Karksi_vallavalitsus, lk 98
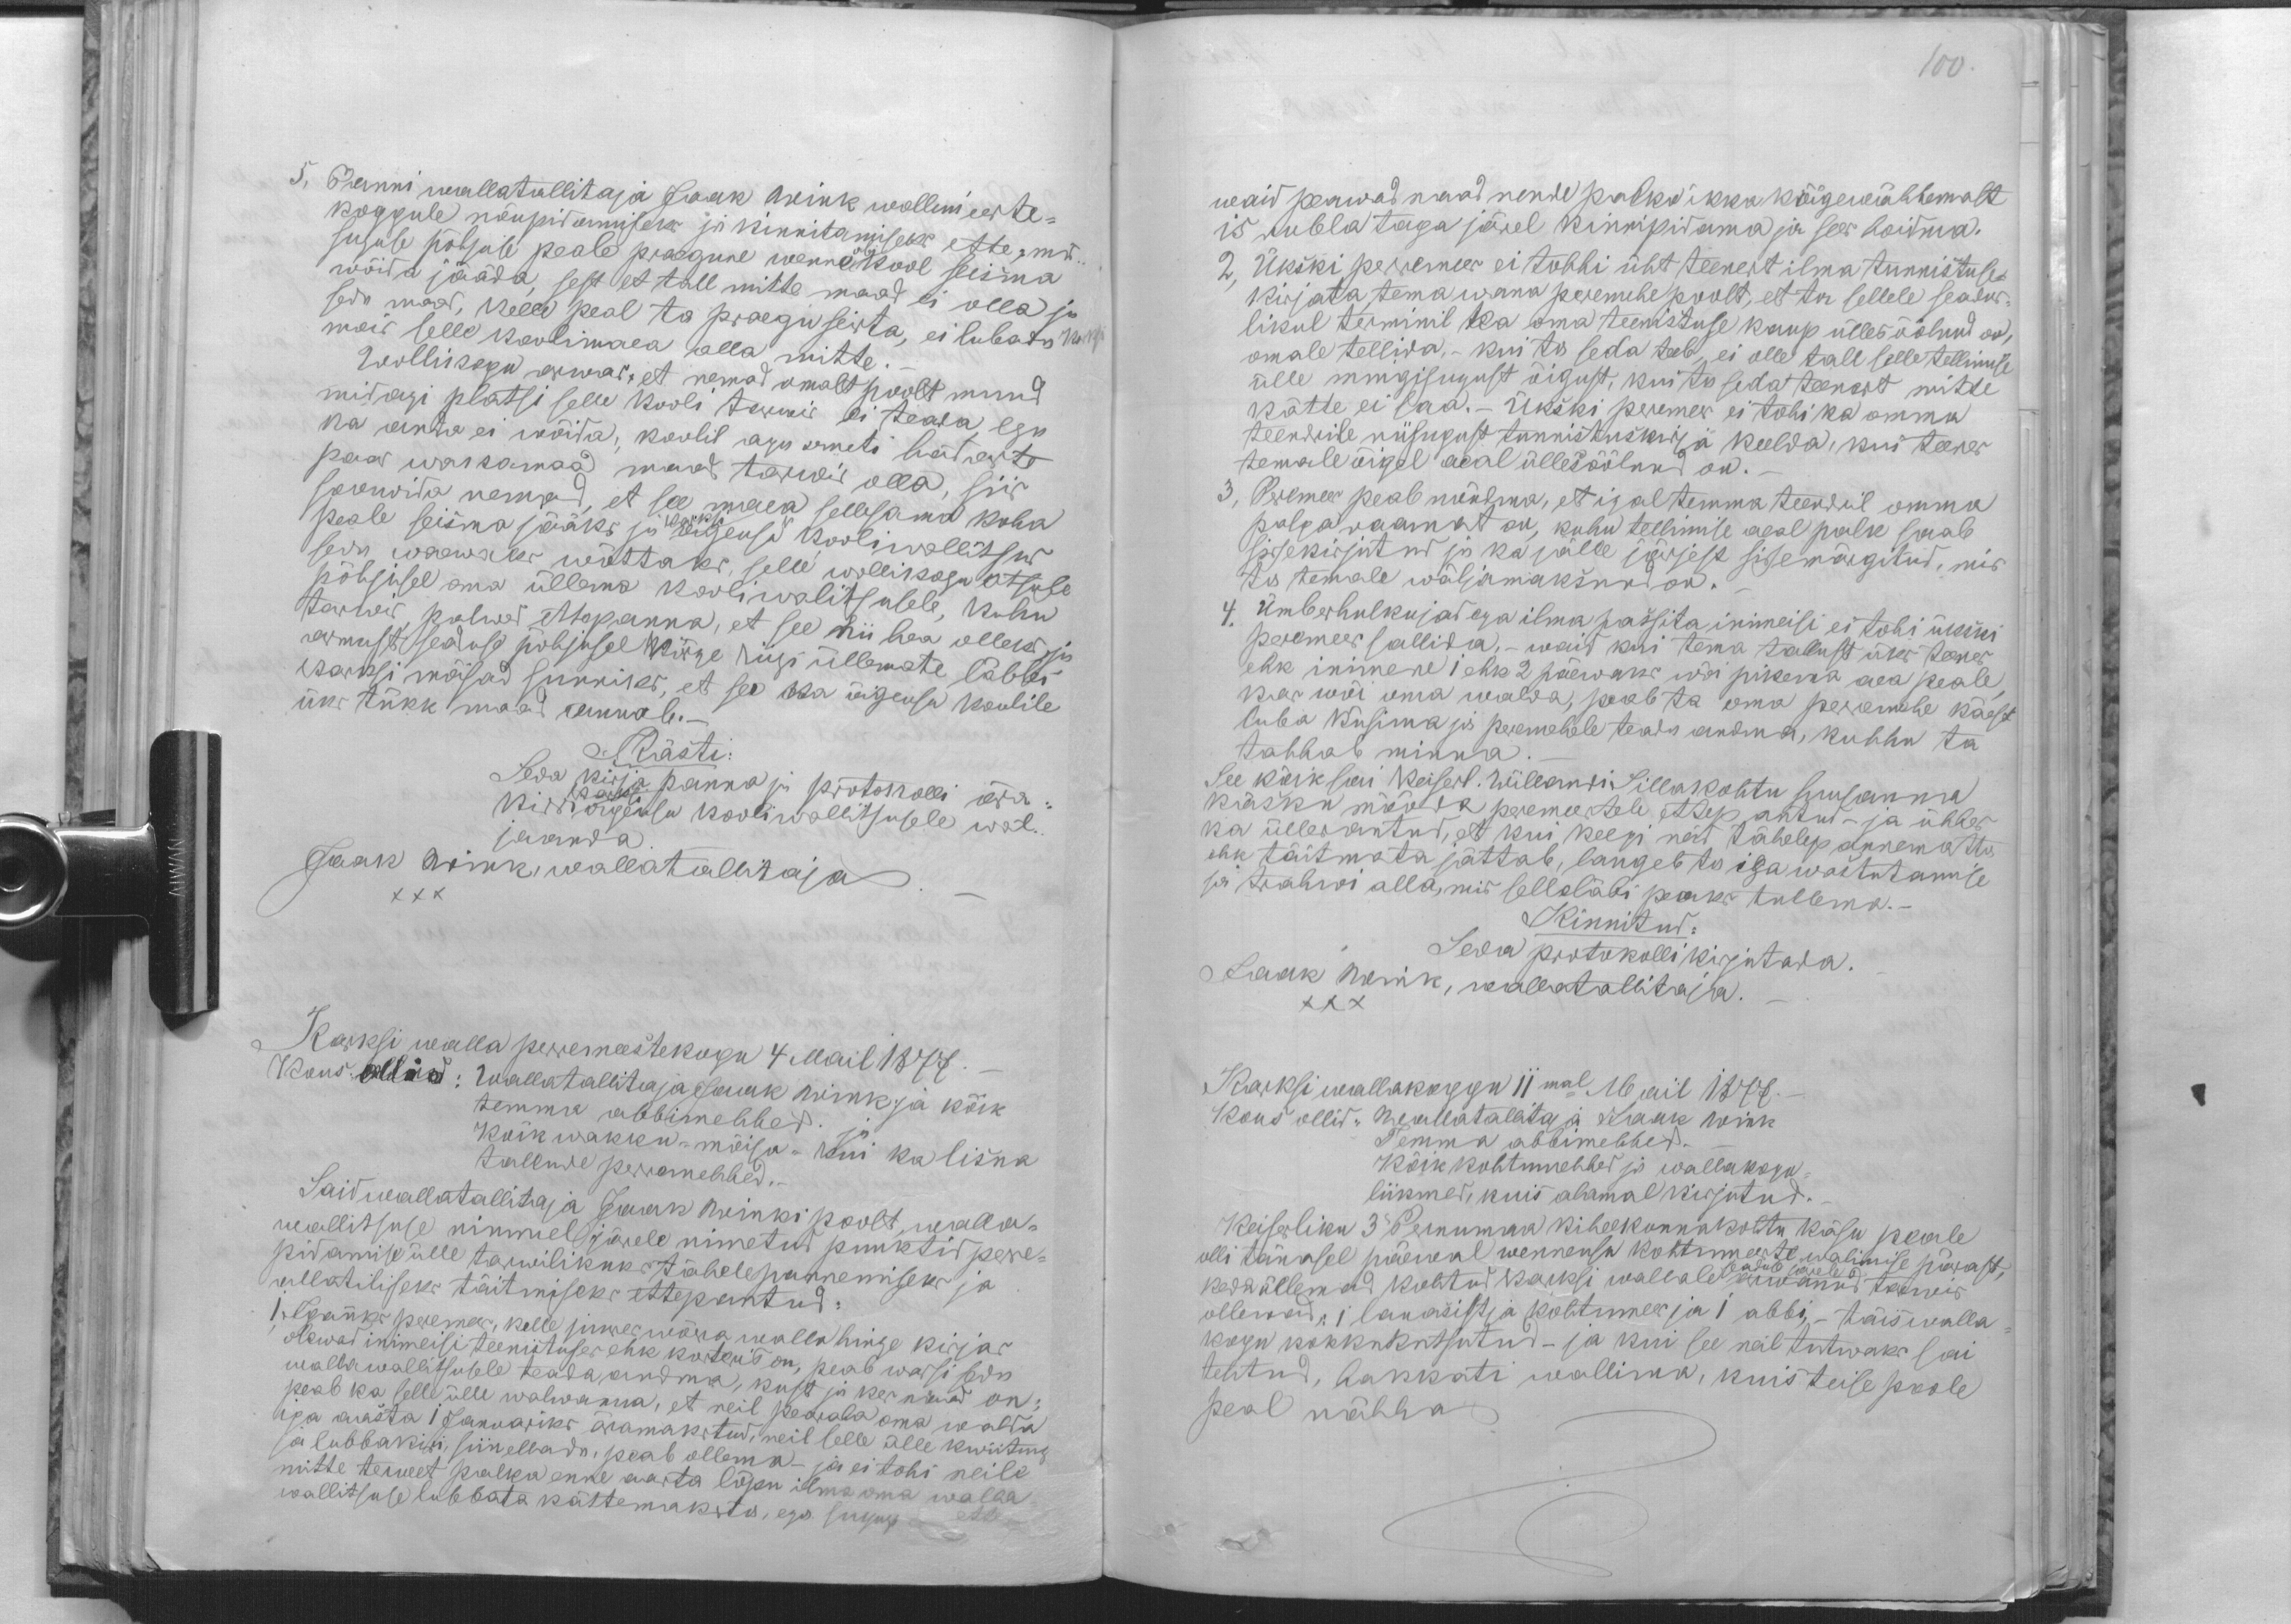
5. Panni wallatallitaja Jaak Wink wollimeeste-
koggule nõupidamiseks ja kinnitamiseks ette, mis
suguse põhjuse peale praegune wenne abikool seisma
wõida jääda, sest et tall mitte maad ei olla ja
seda maad, kelle peal ta praegu seista, ei lubada Karksi
maid selle koolimaea olla mitte.
Wollikogu arwas, et nemad omalt poolt muud
midagi platsi selle kooli tarwis ei teada, ega
ka anda ei wõida, koolil aga ometi hädaste
paar wakamaad maad tarwis olla, siis
soowida nemad, et see maea sellesama koha
Karksi
peale seisma jääks ja õigeusu kooliwallitsus
seda waewaks wõttaks selle wollikogu otsuse
põhjusel oma üllema kooliwalitsusele, kuhu
tarwis palwed ettepanna, et see nii hea olleks ja
armust seaduse põhjusel kõrge riigi üllemate läbbi
karksi mõisad sunniks, et see ka õigeusu koulile
üks tükk maad annab.-
Kästi:
Seda kirja panna ja protokolli ära-
Karksi
kirri õigeusu kooliwallitsusele wäl-
jaanda
Jaak Wink wallatallitaja
XXX
Karksi walla perremeestekogu 4 mail 1877. -
Kous ollid: Wallatallitaja Jaak Wink ja kõik
temma abbimehhed. ja
Kõik wakku-mõisa- kui ka lisna
tallude perremehhed
Said wallatallitaja Jaak Winki poolt walla-
wallitsuse nimmel järele nimetud punktid pere-
pidamise ülle tarwilikuks tähelepannemiseks ja
allatiliseks täitmiseks ettepantud:
1, Igaüks peremees, kelle juures wõera walla hinge kirjas
olewad inimeisi teenistuses ehk korters on, peab warsi seda
wallawallitsusele teada andma, kust ja kes nemad on
peab ka selle ülle walwama, et neil pearaha oma walda
iga aasta 1 Januariks äramakstud, neil selle ülle kwiitung
ja lubbakiri siin ellada, peab ollema - ja ei tohi neile
mitte terwet palka enne aasta lõpu ilma oma walla
wallitsuse lubbata kättemaksta, ega sugugi ette

100.
waid peawad naad nende palka ikka kõigewähhemalt
15 rubla taga järel kinnipidama ja sees hoidma.
2, Ükski peremees ei tohhi üht teenert ilma tunnistuse-
kirjata tema wana peremehe poolt, et ta sellele seadus-
likul terminil ka oma teenistuse kaup ülles öölnud on,
omale tellida, - kui ta seda teeb, ei olle tall selle tellimise
ülle mingisugust õigust, kui ta seda teenert mitte
kätte ei saa. - Ükski peremes ei tohi ka omma
teendrile niisugust tunnistuskirjä keelda, kui teener
temale õigel aeal üllesöölnud on.
3, Peremees peab nõudma, et igal temma teendril omma
palga raamat on, kuhu tellimise aeal palk saab
sissekirjutud ja ka jälle järjest sissemärgitud, mis
ta temale wäljamaksnud on.
4, Ümberhulkujad ega ilma passita inimeisi ei tohi ükski
peremees sallida, - waid kui tema tallust üks teener
ehk inimene 1 ehk 2 päewaks wõi pikema aea peale
kas wõi oma walda, peab ta oma peremehe käest
luba küsima ja peremehele teada andma, kuhhu ta
tahhab minna
See kõik sai Keiserl. Willandi Sillakohtu suusanna
käsku mööda peremeestele ettepantud - ja ühhes
ka üllesantud, et kui keegi neid tähelepannematta
ehk täitmata jättab, langeb ta iga wastutamise
ja trahwi alla, mis selleläbi peaks tullema. -
Kinnitud:
Seda protokolli kirjutada.
Jaak Wink, wallatallitaja.
XXX
Karksi wallakoggu 11mal Mail 1877
Kous ollid: Wallatallitaja Jaak Wink
Temma abbimehhed.
Kõik kohtumehhed ja wallakogu
liikmed, kuis alamal kirjutud.
Keiserliku 3" Pernumaa kihelkonnakohtu käsu peale
olli tänasel päewal wenneusu kohtumeeste walimise pärast,
seaduse järele
keda üllemad kohtud Karksi wallale arwanud tarwis
ollewad, 1 lauasistja kohtumees ja 1 abbi, - täiswalla
kogu kokkukutsutud - ja kui see neil tutwaks sai
tehtud, hakkati wallima, kui teise poole
peal nähha